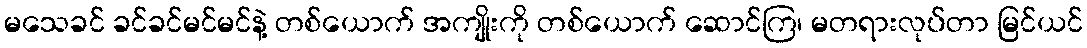
မသေခင် ခင်ခင်မင်မင်နဲ့ တစ်ယောက် အကျိုးကို တစ်ယောက် ဆောင်ကြ၊ မတရားလုပ်တာ မြင်ယင်